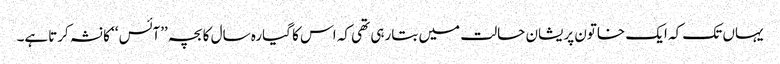
یہاں تک کہ ایک خاتون پریشان حالت میں بتارہی تھی کہ اس کا گیارہ سال کا بچہ ’’آئس ‘‘ کا نشہ کرتاہے۔